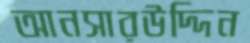
আনসারউদ্দিন